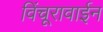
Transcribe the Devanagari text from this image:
विंचूरावाईन